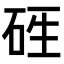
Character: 𥒑